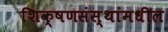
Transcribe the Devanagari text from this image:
शिक्षणसंस्थांमधील